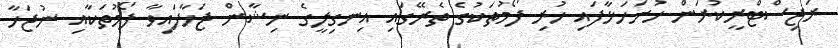
ރަޖިސްޓްރީކުރަން ހުށަހަޅާފައި ހުރި ފޯމުތަކުގެ ތެރޭގައި އިނގިލީގެ ނިޝާން ޖަހާފައިވާ ފޯމުތަކާއި ނުޖަހާ